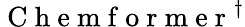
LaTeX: \mathrm{~C~h~e~m~f~o~r~m~e~r~}^{\dagger}